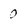
Character: O